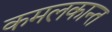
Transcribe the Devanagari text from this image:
कमलकान्‍त